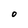
Character: O